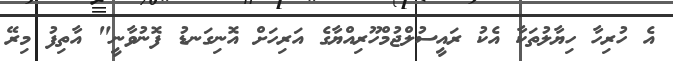
އެ ހުރިހާ ހިޔާލުތަކާ އެކު ރައީސުލްޖުމްހޫރިއްޔާގެ އަރިހަށް އޮނިގަނޑު ފޮނުވާނީ" އާތިފު މިރޭ